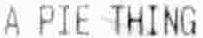
A PIE THING